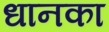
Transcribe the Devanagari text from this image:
धानका